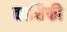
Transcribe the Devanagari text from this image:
काशिफी